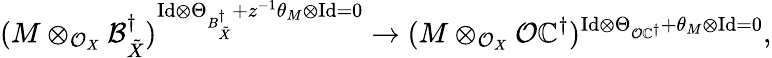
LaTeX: (M\otimes_{\mathcal{O}_{X}}\mathcal{B}_{\tilde{X}}^{\dagger})^{\mathrm{Id}\otimes\Theta_{B_{\tilde{X}}^{\dagger}}+z^{-1}\theta_{M}\otimes\mathrm{Id}=0}\to(M\otimes_{\mathcal{O}_{X}}\mathcal{O}\mathbb{C}^{\dagger})^{\mathrm{Id}\otimes\Theta_{\mathcal{O}\mathbb{C}^{\dagger}}+\theta_{M}\otimes\mathrm{Id}=0},